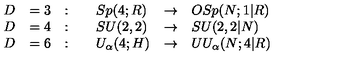
\begin{array} { l l l l l l } { \displaystyle D } & { = 3 } & { : \quad } & { S p ( 4 ; R ) } & { \to } & { O S p ( N ; 1 | R ) } \\ { \displaystyle D } & { = 4 } & { : \quad } & { S U ( 2 , 2 ) } & { \to } & { S U ( 2 , 2 | N ) } \\ { \displaystyle D } & { = 6 } & { : \quad } & { U _ { \alpha } ( 4 ; H ) } & { \to } & { U U _ { \alpha } ( N ; 4 | R ) } \\ \end{array}